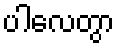
ပါလေတွာ